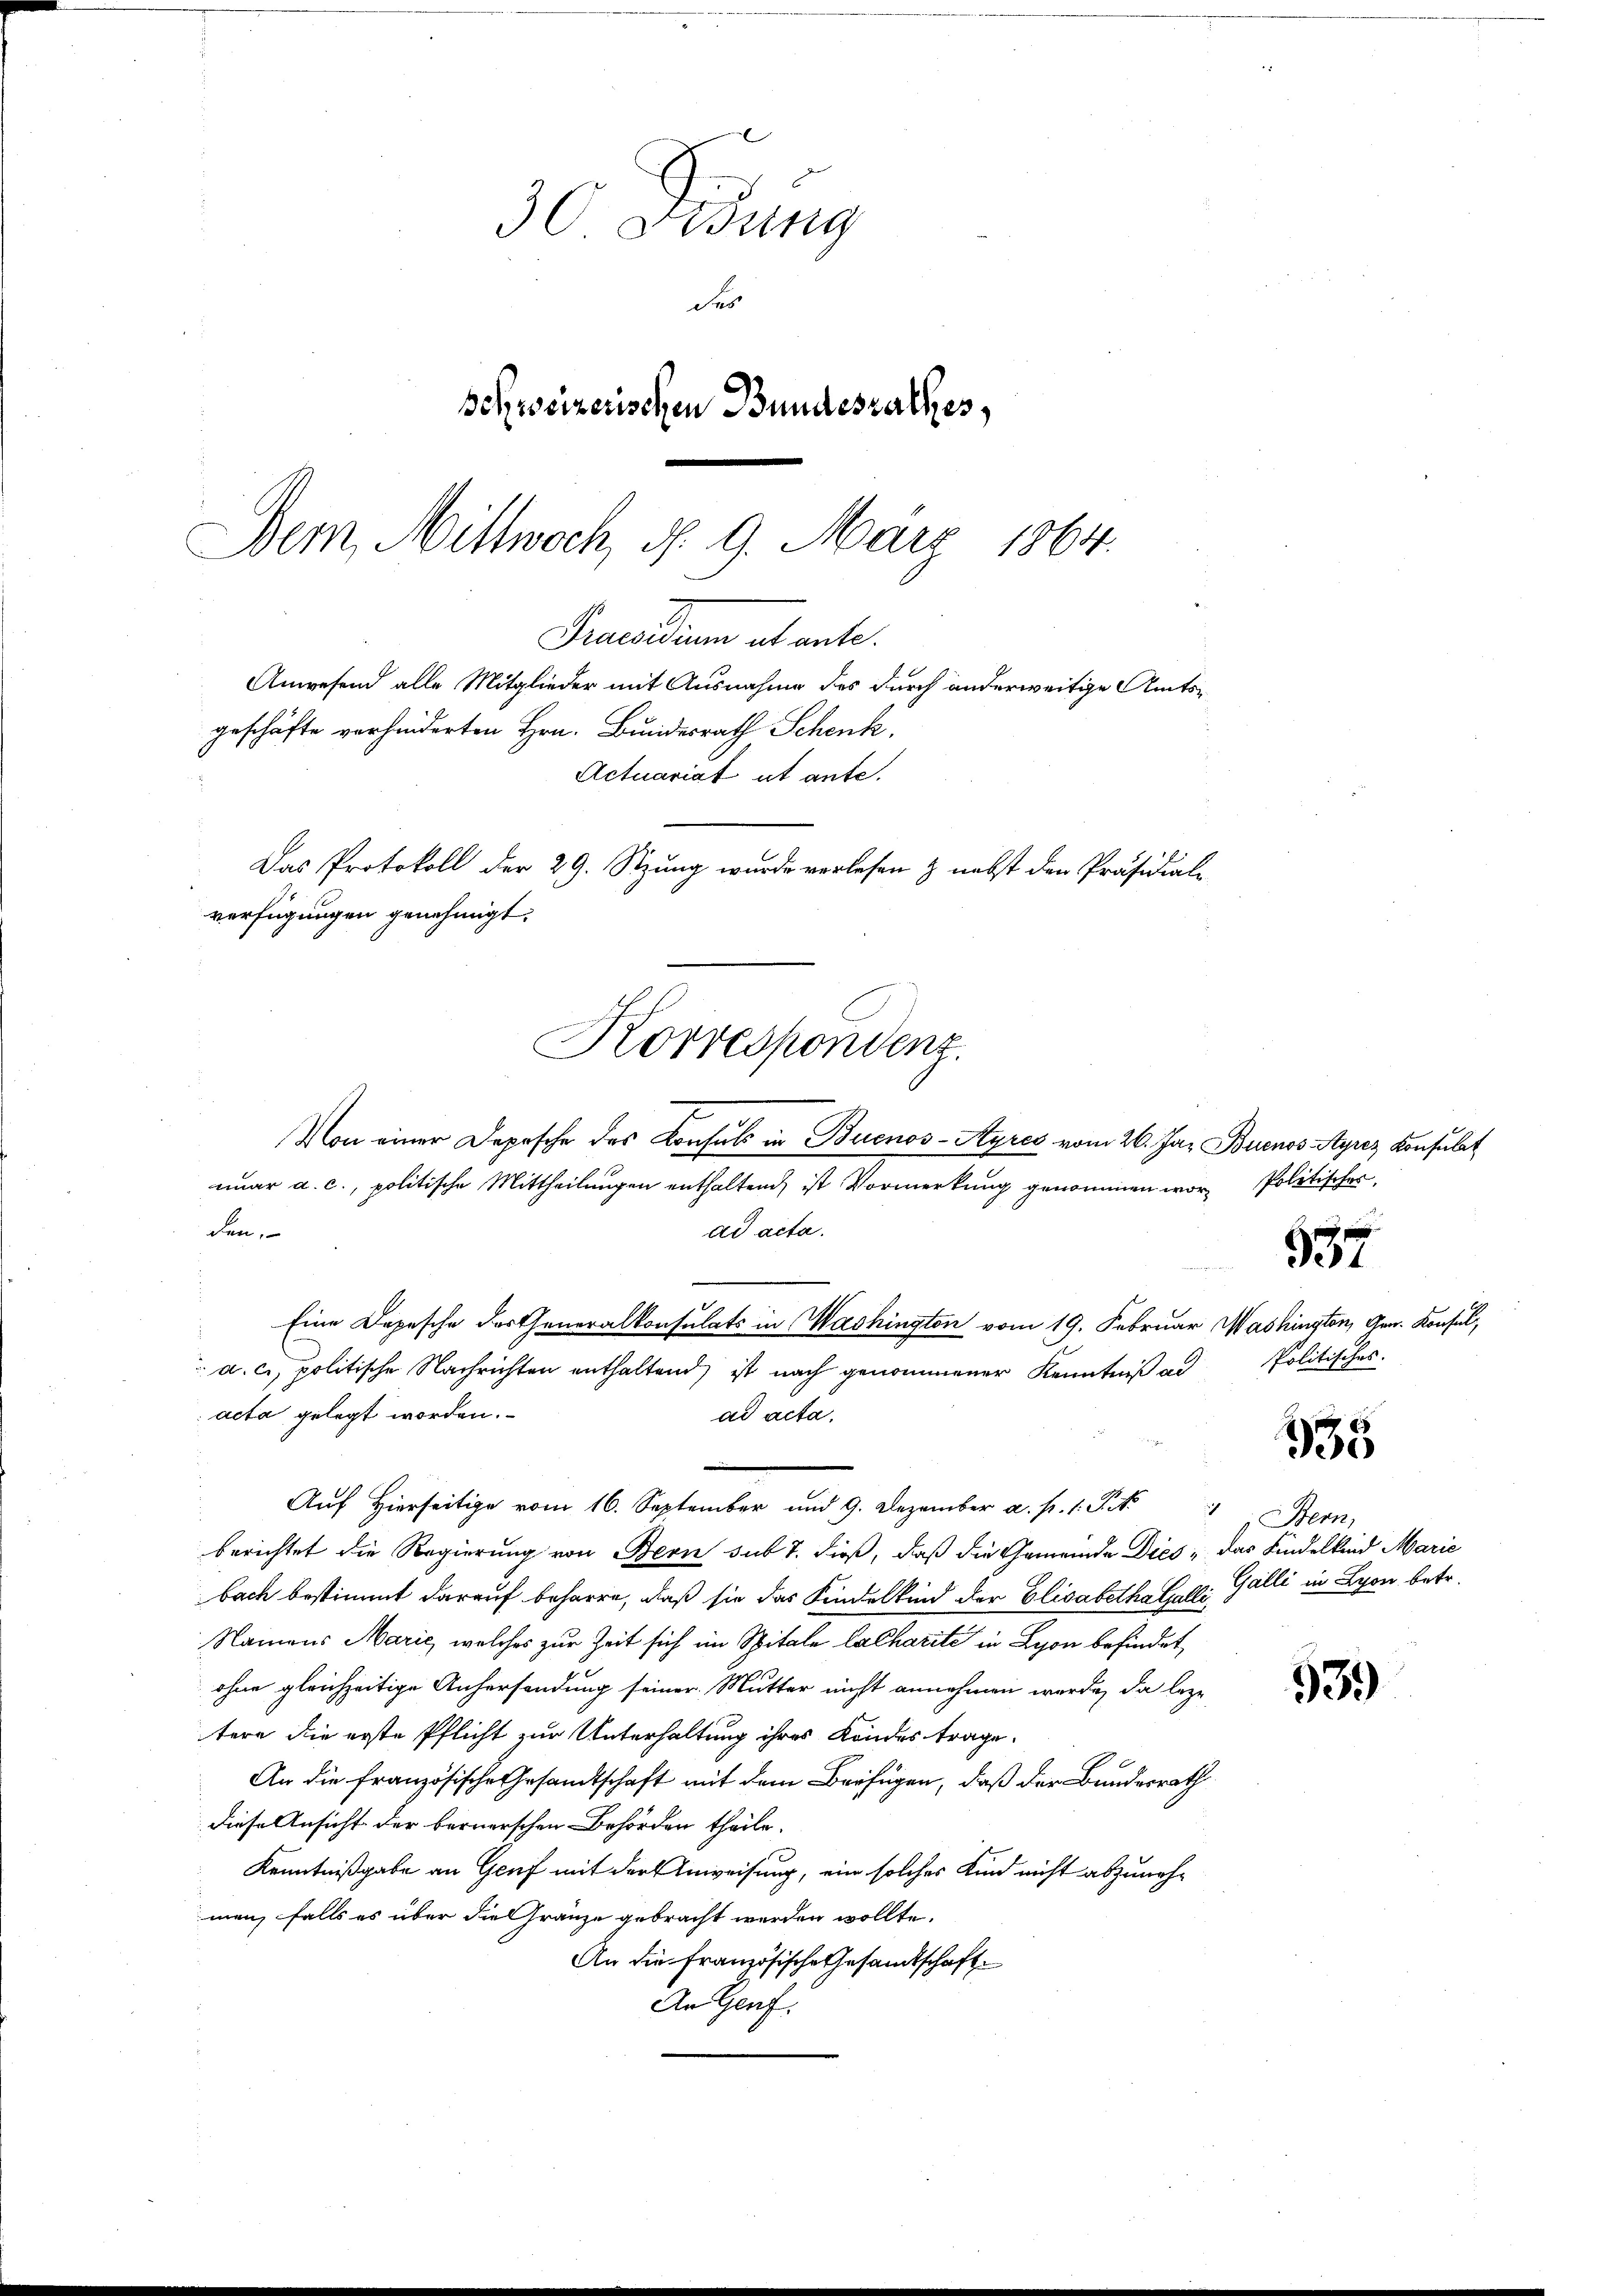
geschäfte vorhinderten Hrn. Bundesrath Schenk.
verfügungen genehmigt.
Korrespondenz.
Von einer Depesche des Konsuls in Buenos-Ayres vom 26. Jan Buenos Ayrez Konsulat

30 Didung
Fes
schweizerischen Bundesrathes,
Dem Mittwoch, d. 9. März 1864.

Praesiduum et ante.
Anwesend alle Mitglieder mit Ausnahme des durch anderweitige Amts¬
Actuariat ut ante.
Das Protokoll der 29. Stzung wurde verlesen & nebst den Präsidial-

a. c. politische Nachrichten enthaltend, ist nach genommener Kenntniß ad

nuar a. c., politische Mittheilungen enthaltend, ist Vormerkung genommen wor Politischer
ad acta.
den,
Eine Depesche des Generalkonsulats in Washington vom 19. Februar Washington, Gen. Konsul
s
acta gelegt worden.
ad acta.
Auf Hierseitige vom 16. September und 9. Dezember a. p. 1. St.
berichtet die Regierung von Bern sub 7. dieß, daß die Gemeinde Dies; das Kindelkind Marie
bach bestimmt darauf beharre, daß sie das Kindelkind der Elisabetha Coll. Galli in Lyon betr.
Namens Marie, welches zur Zeit sich im Spitale Cathariti in Lyon befindet,
ohne gleichzeitige Anhersendung seiner Mutter nicht annehmen werde, da leze
tere die erste Pflicht zur Unterhaltung ihres Kondes trage.
An die französische Gesandtschaft mit dem Beifügen, daß der Bundesrath
diese Ansicht der bernerschen Behörden theile.
Kenntnißgabe an Genf mit der Anweisung, ein solches Kind nicht abzunehmen, falls es über die Gränze gebracht werden wollte.
An die Französische Gesandtschaft
An Genf.

537

Politisches:

935

Bern,

539)